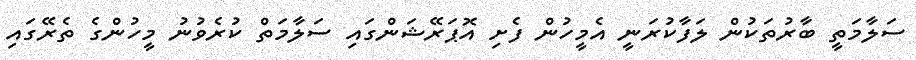
ސަލާމަތީ ބާރުތަކުން ލަފާކުރަނީ އެމީހުން ފެށި އޮޕަރޭޝަންގައި ސަލާމަތް ކުރެވުނު މީހުންގެ ތެރޭގައި